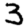
Digit: 3